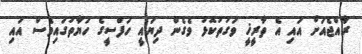
ރާއްޖެއަށް އައި އެ ތާރީޚީ ވަގުތުކޮޅު ވެގެން ދިޔައީ ހަފްސީގެ ހަޔާތުގައިވެސް އައި